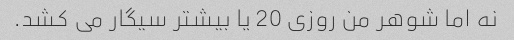
نه اما شوهر من روزی 20 یا بیشتر سیگار می کشد.